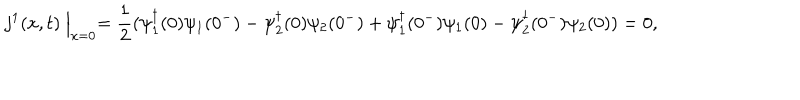
j ^ { 1 } ( x , t ) \Bigm | _ { x = 0 } = \frac { 1 } { 2 } ( \psi _ { 1 } ^ { \dagger } ( 0 ) \psi _ { 1 } ( 0 ^ { - } ) - \psi _ { 2 } ^ { \dagger } ( 0 ) \psi _ { 2 } ( 0 ^ { - } ) + \psi _ { 1 } ^ { \dagger } ( 0 ^ { - } ) \psi _ { 1 } ( 0 ) - \psi _ { 2 } ^ { \dagger } ( 0 ^ { - } ) \psi _ { 2 } ( 0 ) ) = 0 ,